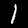
Digit: 1